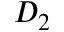
D _ { 2 }